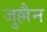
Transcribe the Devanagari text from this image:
जुल्लैन